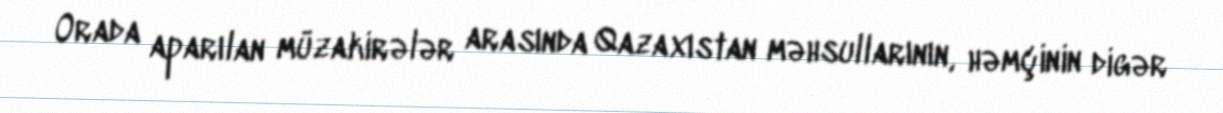
Orada aparılan müzakirələr arasında Qazaxıstan məhsullarının, həmçinin digər